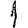
Digit: 1